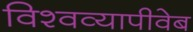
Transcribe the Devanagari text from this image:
विश्वव्यापीवेब